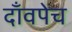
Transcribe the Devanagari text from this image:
दाँवपेच